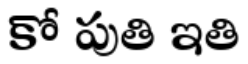
కో పుతి ఇతి